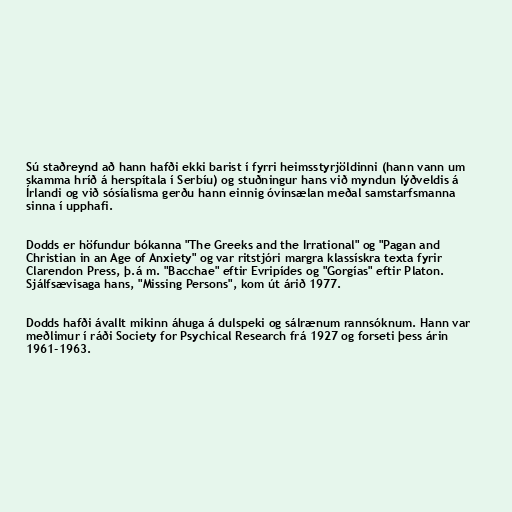
Sú staðreynd að hann hafði ekki barist í fyrri heimsstyrjöldinni (hann vann um
skamma hríð á herspítala í Serbíu) og stuðningur hans við myndun lýðveldis á
Írlandi og við sósíalisma gerðu hann einnig óvinsælan meðal samstarfsmanna
sinna í upphafi.

Dodds er höfundur bókanna "The Greeks and the Irrational" og "Pagan and
Christian in an Age of Anxiety" og var ritstjóri margra klassískra texta fyrir
Clarendon Press, þ.á m. "Bacchae" eftir Evripídes og "Gorgías" eftir Platon.
Sjálfsævisaga hans, "Missing Persons", kom út árið 1977.

Dodds hafði ávallt mikinn áhuga á dulspeki og sálrænum rannsóknum. Hann var
meðlimur í ráði Society for Psychical Research frá 1927 og forseti þess árin
1961-1963.